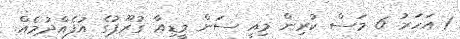
1 އަހަރު 6 މަސް ކުރިން މިއީ ސަން މީޑިއާ ގުރޫޕުގެ އުފެއްދުމެއް.